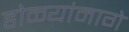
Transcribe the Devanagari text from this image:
डोळ्यांमागे